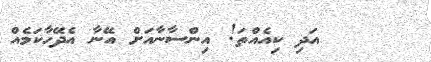
٢٤     އަދި ކިއެއްތަ! އިންސާނާއަށް އޭނާ އެދޭހާކަމެއް